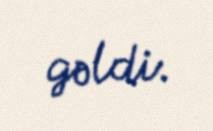
gəldi.